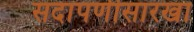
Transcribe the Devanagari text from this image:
सदापर्णीसारखा